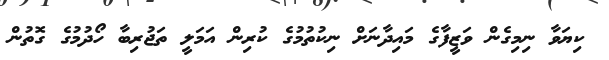
ކިޔަވާ ނިމިގެން ވަޒީފާގެ މައިދާނަށް ނިކުތުމުގެ ކުރިން އަމަލީ ތަޖުރިބާ ހޯދުމުގެ ގޮތުން